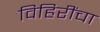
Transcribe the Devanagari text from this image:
विहिरींचा